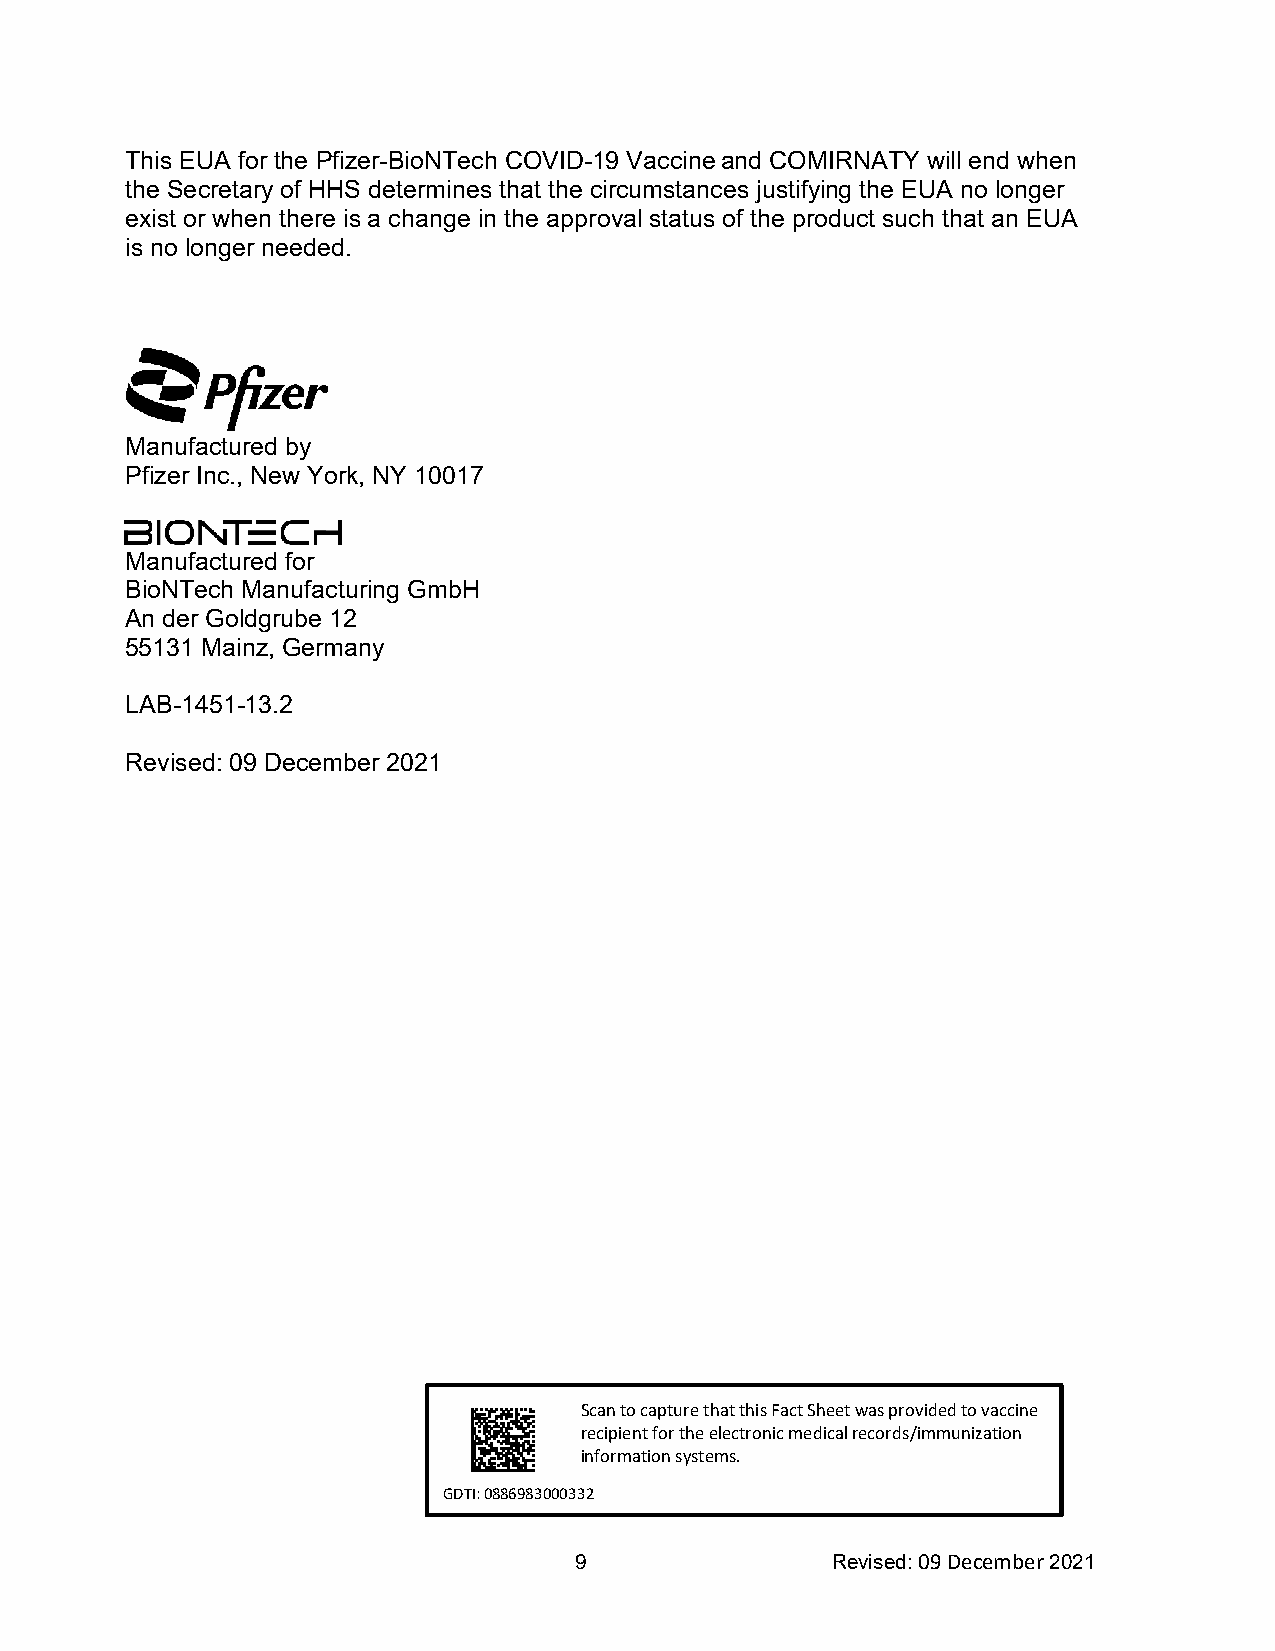
This EUA for the Pfizer-BioNTech COVID-19 Vaccine and COMIRNATY will end when
 the Secretary of HHS determines that the circumstances justifying the EUA no longer
 exist or when there is a change in the approval status of the product such that an EUA
 is no longer needed.
 Manufactured by
 Pfizer Inc., New York, NY 10017
 Manufactured for
 BioNTech Manufacturing GmbH
 An der Goldgrube 12
 55131 Mainz, Germany
 LAB-1451-13.2
 Revised: 09 December 2021
 Scan to capture that this Fact Sheet was provided to vaccine
 recipient for the electronic medical records/immunization
 information systems.
 GDTI: 0886983000332
 9                Revised: 09 December 2021